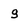
Character: g